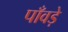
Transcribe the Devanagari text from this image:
पाँवड़े